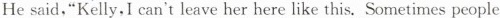
He said,"Kelly,I can't leave her here like this. Sometimes people